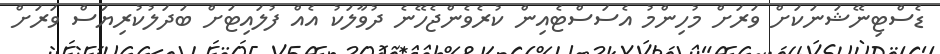
ޑެސްޓިނޭޝަނަކަށް ވަރަށް މުހިންމު އެސަސްޓެއިން ކުރެވެންޖެހޭނެ ދުވާލަކު އެއް ފުލައިޓަށް ބަދަލުކުރިޔަސް ވަރަށް